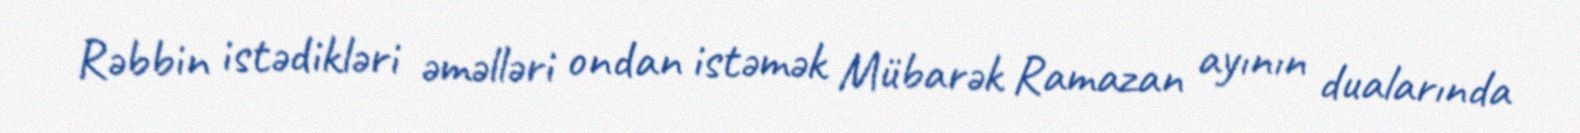
Rəbbin istədikləri əməlləri ondan istəmək Mübarək Ramazan ayının dualarında